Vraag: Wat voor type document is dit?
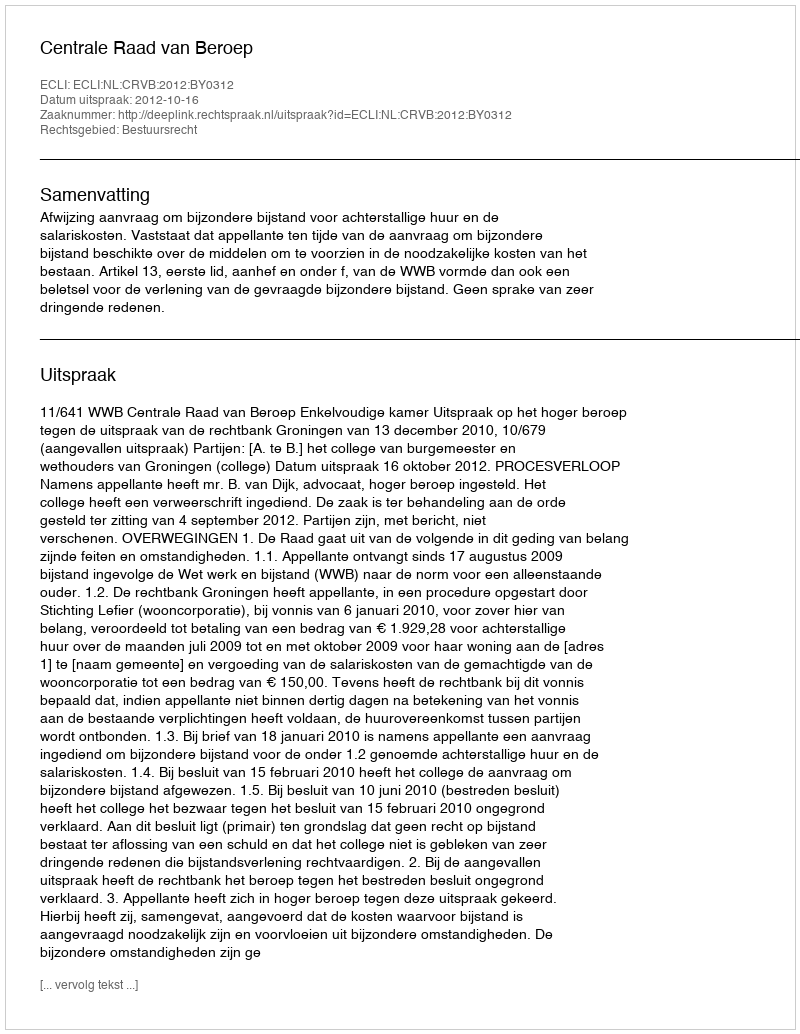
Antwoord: Uitspraak